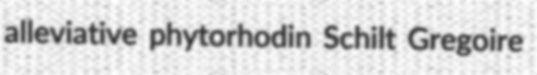
alleviative phytorhodin Schilt Gregoire